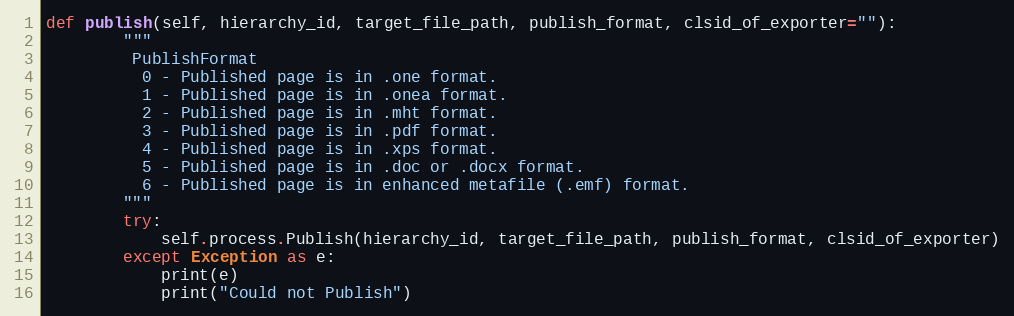
Language: Python
def publish(self, hierarchy_id, target_file_path, publish_format, clsid_of_exporter=""):
        """
         PublishFormat
          0 - Published page is in .one format.
          1 - Published page is in .onea format.
          2 - Published page is in .mht format.
          3 - Published page is in .pdf format.
          4 - Published page is in .xps format.
          5 - Published page is in .doc or .docx format.
          6 - Published page is in enhanced metafile (.emf) format.
        """
        try:
            self.process.Publish(hierarchy_id, target_file_path, publish_format, clsid_of_exporter)
        except Exception as e:
            print(e)
            print("Could not Publish")